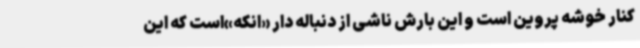
کنار خوشه پروین است و این بارش ناشی از دنباله دار «انکه»است که این